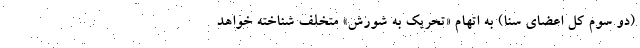
(دو سوم کل اعضای سنا) به اتهام «تحریک به شورش» متخلف شناخته خواهد